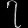
Digit: ၇